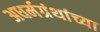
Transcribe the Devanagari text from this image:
अधर्मग्रंथांच्या